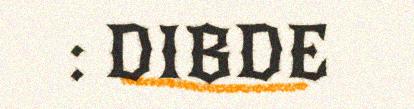
: DIBDE